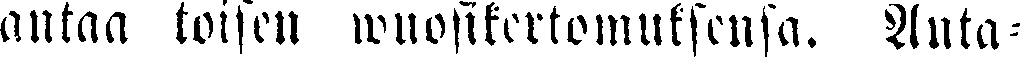
antaa toisen wuosikertomuksesnsa. Auta-